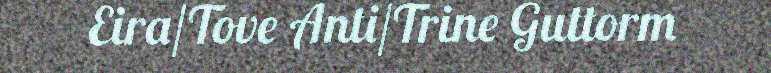
Eira/Tove Anti/Trine Guttorm